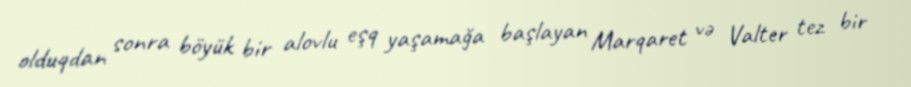
olduqdan sonra böyük bir alovlu eşq yaşamağa başlayan Marqaret və Valter tez bir